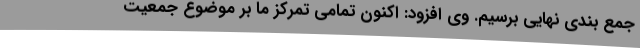
جمع بندی نهایی برسیم. وی افزود: اکنون تمامی تمرکز ما بر موضوع جمعیت